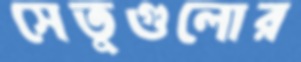
সেতুগুলোর